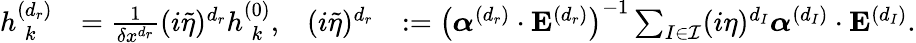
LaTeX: \begin{array}{rlrl}{h_{\hphantom{(}k}^{(d_{r})}}&{=\frac{1}{\delta x^{d_{r}}}(i\tilde{\eta})^{d_{r}}h_{\hphantom{(}k}^{(0)},}&{(i\tilde{\eta})^{d_{r}}}&{:=\left(\boldsymbol{\alpha}^{(d_{r})}\cdot\mathbf{E}^{(d_{r})}\right)^{-1}\sum_{I\in\mathcal{I}}(i\eta)^{d_{I}}\boldsymbol{\alpha}^{(d_{I})}\cdot\mathbf{E}^{(d_{I})}.}\end{array}